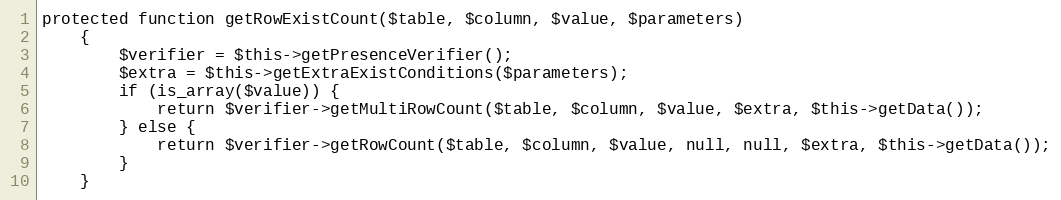
Language: PHP
protected function getRowExistCount($table, $column, $value, $parameters)
    {
        $verifier = $this->getPresenceVerifier();
        $extra = $this->getExtraExistConditions($parameters);
        if (is_array($value)) {
            return $verifier->getMultiRowCount($table, $column, $value, $extra, $this->getData());
        } else {
            return $verifier->getRowCount($table, $column, $value, null, null, $extra, $this->getData());
        }
    }